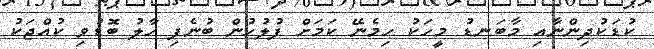
ކުޑަކުދިންނާއި މާބަނޑު މީހަކު ހިމެނޭ ކަމަށް ފުލުހުން ބުނެފި ހާލު ބޮޑުވި ކުއްޖަކު